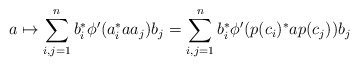
\begin{align*} a \mapsto \sum_{i,j=1}^n b_i^\ast \phi'(a_i^\ast a a_j) b_j = \sum_{i,j=1}^n b_i^\ast \phi'(p(c_i)^\ast a p(c_j)) b_j \end{align*}